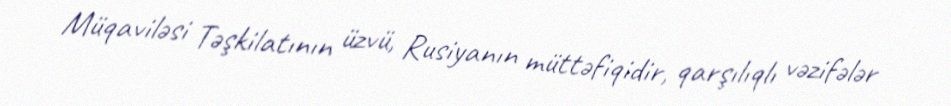
Müqaviləsi Təşkilatının üzvü, Rusiyanın müttəfiqidir, qarşılıqlı vəzifələr